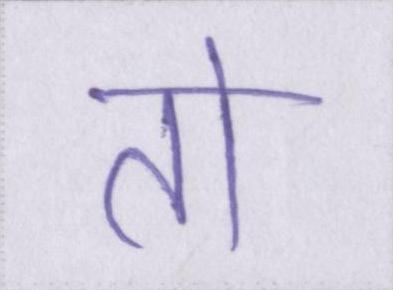
तो